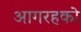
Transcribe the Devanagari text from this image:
आगरहको